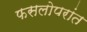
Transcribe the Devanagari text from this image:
फसलोपरांत